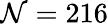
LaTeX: \mathcal{N}=216